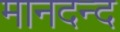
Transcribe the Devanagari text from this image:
मानदन्द